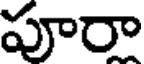
పూరా